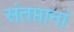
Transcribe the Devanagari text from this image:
संतप्तानां